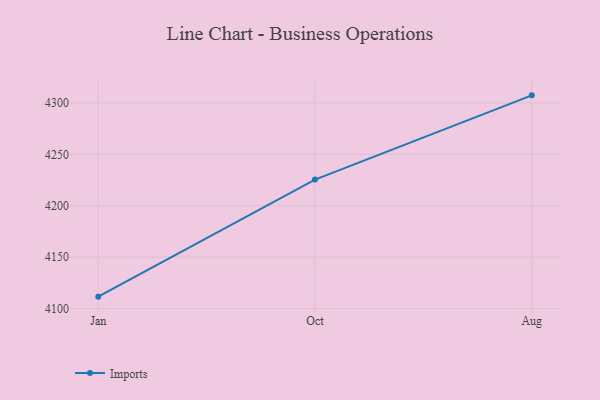
{"axis": {"x": "Month", "y": "Tickets Resolved"}, "legend": ["Imports"], "data": [{"x": "Jan", "y": 4111.5, "type": "Imports"}, {"x": "Oct", "y": 4225.4, "type": "Imports"}, {"x": "Aug", "y": 4307.4, "type": "Imports"}]}